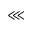
\lll